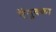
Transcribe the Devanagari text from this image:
ऍगुक्का